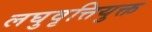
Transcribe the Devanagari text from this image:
लघुवृत्तियुक्त